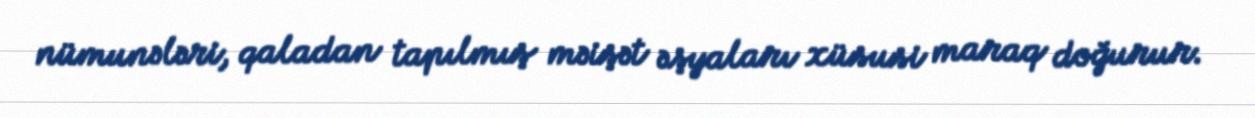
nümunələri, qaladan tapılmış məişət əşyaları xüsusi maraq doğurur.